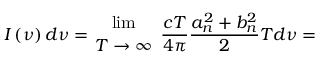
I \left( \nu \right) d \nu = { { \operatorname * { l i m } } \atop { T \to \infty } } ~ \frac { c T } { 4 \pi } \frac { a _ { n } ^ { 2 } + b _ { n } ^ { 2 } } { 2 } T d \nu =